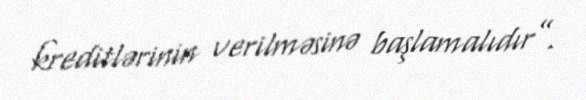
kreditlərinin verilməsinə başlamalıdır”.